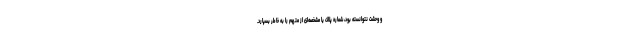
و وحشت نتوانسته بود، شماره پلاک یا مشخصه‌ای از متهم را به خاطر بسپارد.